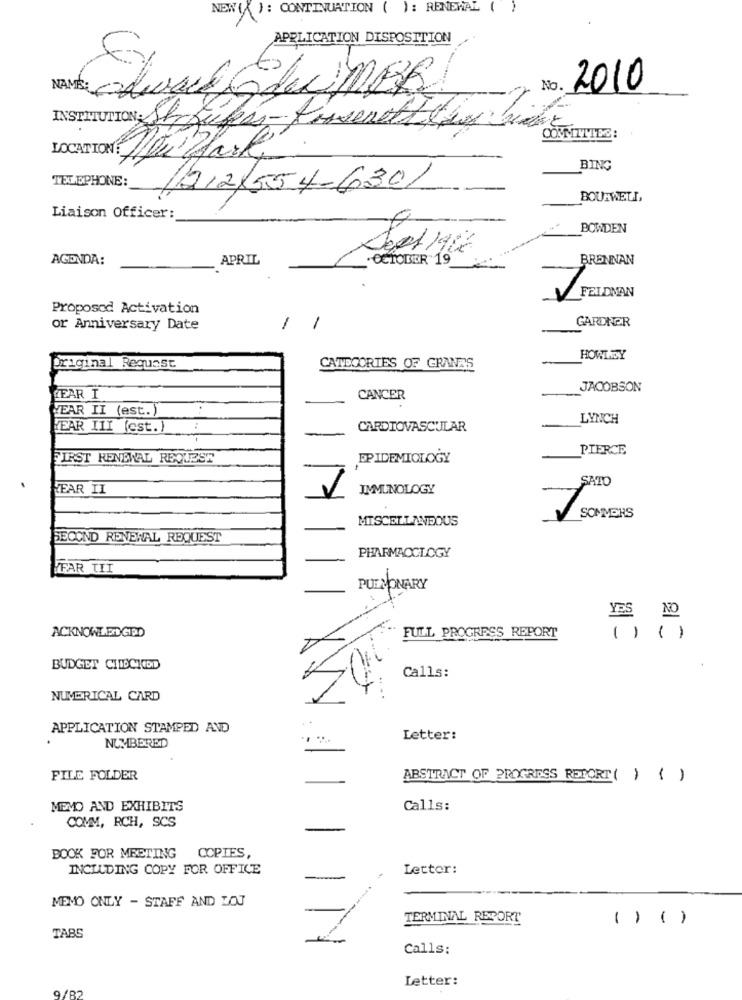
NEW ( ): CONTINUATION ( ): RENEWAL
APPLICATION DISPOSITION
NAME: adware GdeciMER
No.
2010
INSTITUTION: Strupes- Fissenett toy bien
COMMITTEE:
LOCATION: Bi Hark
BING
TELEPHONE:
(212)554-6301
BOURWELL,
Liaison Officer:
BOWDEN
AGENDA:
APRIL
.OCTOBER 19_
BRENNAN
FELDMAN
Proposod Activation
or Anniversary Date
1
GARDNER
HOWLEY
Original Request
CATEGORIES OF GRANRS
JACOBSON
LEAR I
CANCER
WEAR II (est.)
LYNCH
YEAR III (est.)
:
CARDIOVASCULAR
PIERCE
FIRST RENEWAL REQUEST
EPIDEMIOLOGY
YEAR II
IMMUNOLOGY
SATO
MISCELLANEOUS
SOMMERS
SECOND RENEWAL REQUEST
PHARMACOLOGY
FAR TII
PUEDONARY
YES NO
FULL PROGRESS REPORT
( ) ( )
BUDGET CHIDCHOD
Calls:
NUMERICAL CARD
APPLICATION STAMPED AND
Letter:
NUMBERED
FILE FOLDER
ABSTRACT OF PROGRESS REPORT ( ) ()
MEMO AND EXHIBITS
Calls:
COMM, RCH, SCS
-
COPIES,
BOOK FOR MEETING
INCLUDING COPY FOR OFFICE
Letter:
MEMO ONLY - STAFF AND LOJ
TERMINAL RESORT
() ()
TABS
Calls:
Letter:
9/82